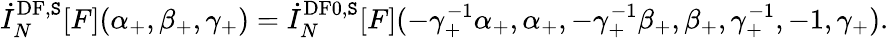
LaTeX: \dot{I}_{N}^{\mathrm{DF},\mathtt{S}}[F](\alpha_{+},\beta_{+},\gamma_{+})=\dot{I}_{N}^{\mathrm{DF0},\mathtt{S}}[F](-\gamma_{+}^{-1}\alpha_{+},\alpha_{+},-\gamma_{+}^{-1}\beta_{+},\beta_{+},\gamma_{+}^{-1},-1,\gamma_{+}).